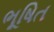
ભૂષિત